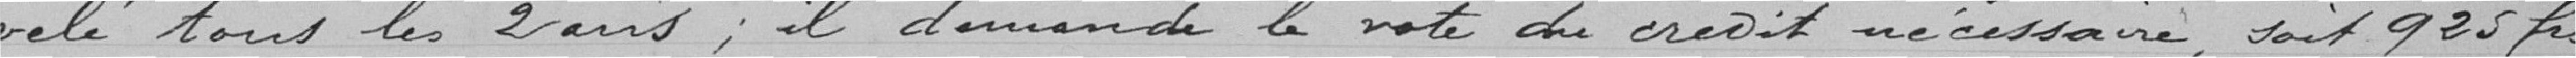
-velé tous les  ans ; il demande le vote de crédit nécessaire soit  francs